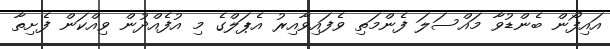
އައިފޯން ބެންޑުވާ މައްސަލަ ފެންމަތި ވެފައިވާއިރު އެޕަލްގެ މި އުފެއްދުން ވިއްކަން ފެށިތާ